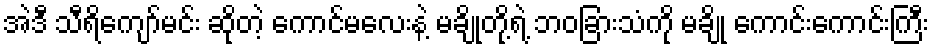
အဲဒီ သီရိကျော်မင်း ဆိုတဲ့ ကောင်မလေးနဲ့ မချိုတို့ရဲ့ ဘဝခြားသံကို မချို ကောင်းကောင်းကြီး